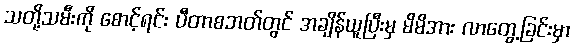
သတို့သမီးကို စောင့်ရင်း ပီတာစဘတ်တွင် အချိန်ယူပြီးမှ မိမိအား လာတွေ့ခြင်းမှာ